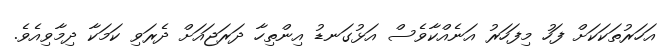
އަހަރުތަކަކަށް ފަހު މިފަހަރު އަނެއްކާވެސް އަޅުގަނޑު އިންތިހާ ދަރަޖައަށް ދެރަވި ކަމަކާ ދިމާވިއެވެ.